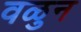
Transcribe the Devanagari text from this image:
वळुन